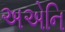
અએનિ